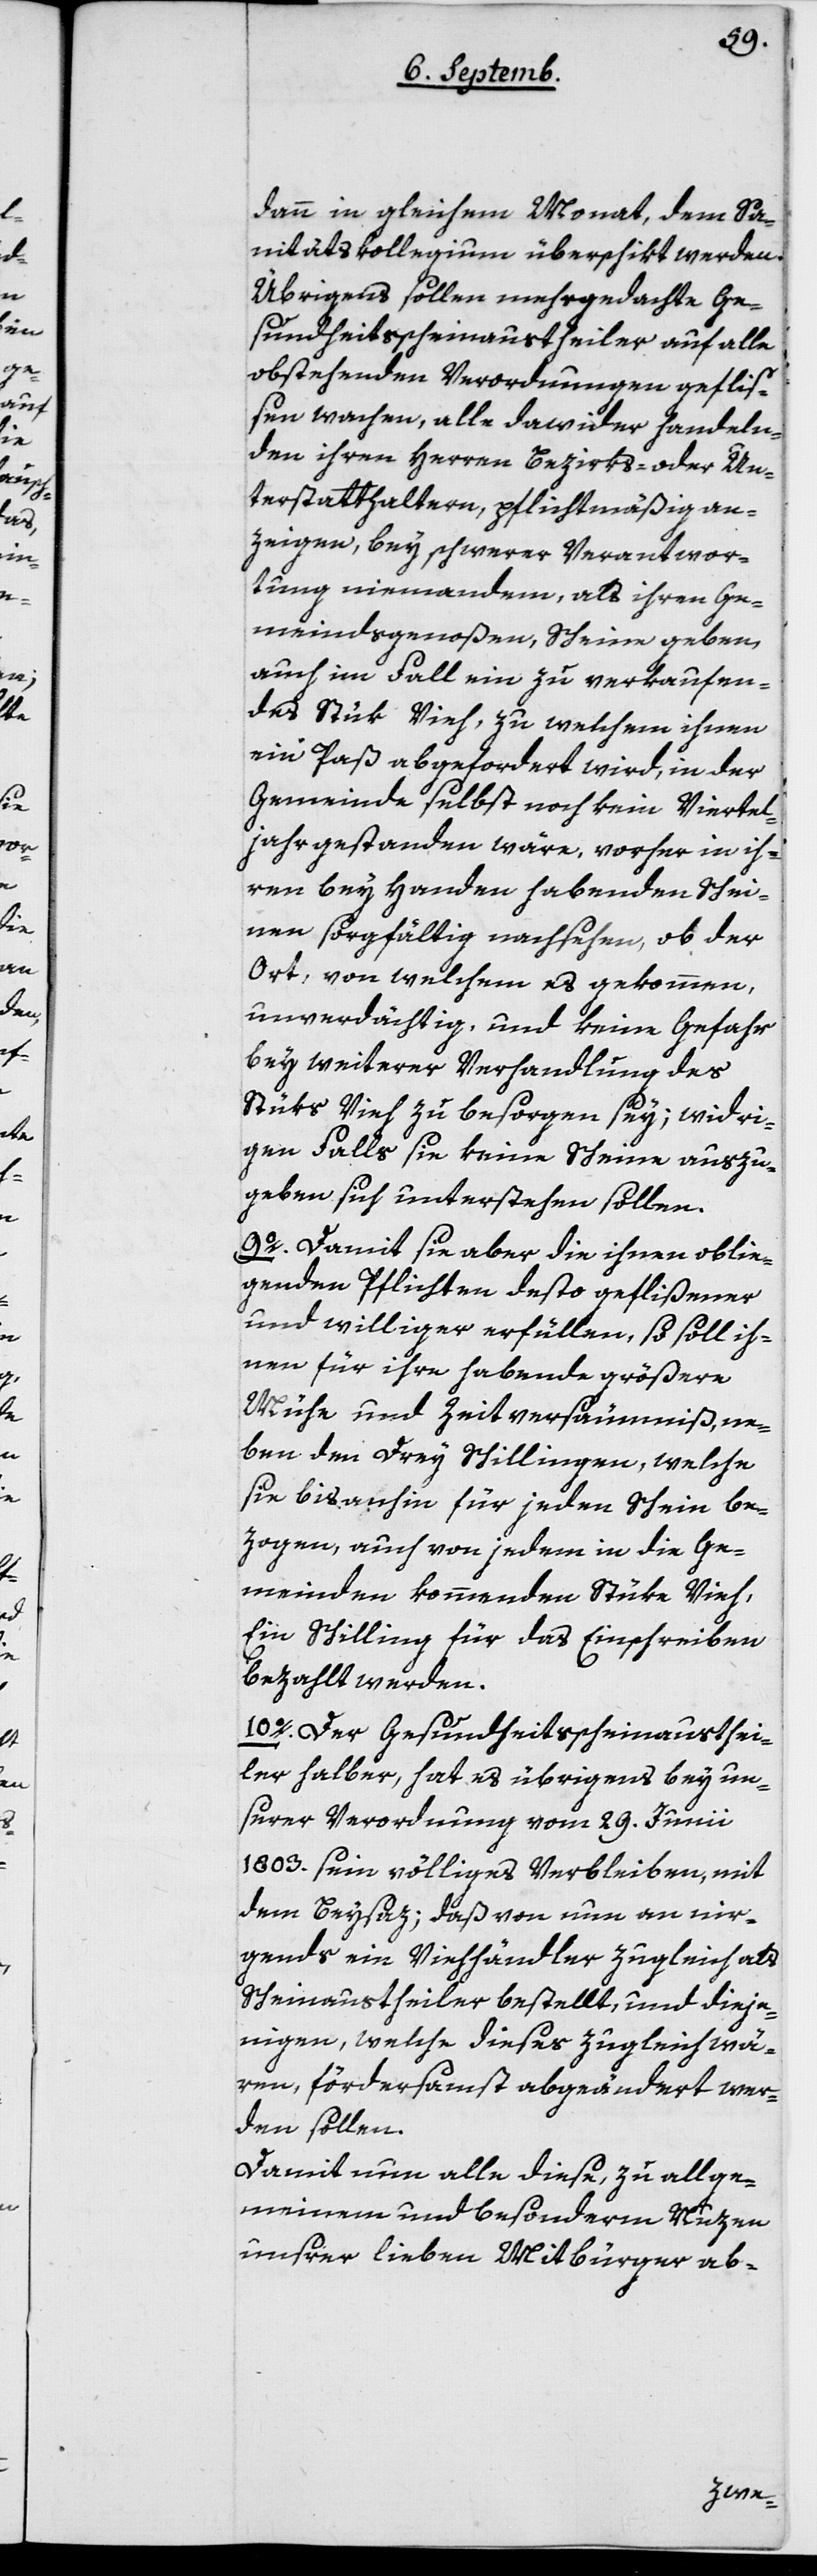
dann in gleichem Monat, dem Sa¬
nitätskollegium überschikt werden.
Übrigens sollen mehrgedachte Ge¬
sundheitsscheinaustheiler auf alle
obstehenden Verordnungen gefliß¬
en wachen, alle dawider handeln¬
den ihren Herren Bezirks- oder Un¬
terstatthaltern, pflichtmäßig an¬
zeigen, bey schwerer Verantwor¬
tung niemandem, als ihren Ge¬
meindsgenoßen Scheine geben,
auch im Fall ein zu verkaufen¬
des Stük Vieh, zu welchem ihnen
ein Paß abgefordert wird, in der
Gemeinde selbst noch kein Viertel¬
jahr gestanden wäre, vorher in ih¬
ren bey Handen habenden Schei¬
nen sorgfältig nachsehen, ob der
Ort, von welchem es gekommen,
unverdächtig und keine Gefahr
bey weiterer Verhandlung des
Stüks Vieh zu besorgen sey; widri¬
gen Falls sie keine Scheine auszu¬
geben sich unterstehen sollen.
9o Damit sie aber die ihnen oblie¬
genden Pflichten desto geflißener
und williger erfüllen, so soll ih¬
nen für ihre habende größere
Mühe und Zeitversäumniß, ne¬
ben den drey Schillingen, welche
sie bis anhin für jeden Schein be¬
zogen, auch von jedem in die Ge¬
meinden kommenden Stüke Vieh,
ein Schilling für das Einschreiben
bezahlt werden.
10o Der Gesundheitsscheinausthei¬
ler halber hat es übrigens bey un¬
serer Verordnung vom 29. Junii
1803 sein völliges Verbleiben, mit
dem Beysaz; daß von nun an nir¬
gends ein Viehhändler zugleich als
Scheinaustheiler bestellt, und dieje¬
nigen, welche dieses zugleich wä¬
ren, fördersamst abgeändert wer¬
den sollen.
Damit nun alle diese, zu allge¬
meinem und besonderm Nuzen
unsrer lieben Mitbürger ab-